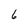
Character: 6